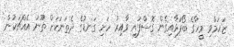
ޒަހަމްވި މީހާގެ ބޯފަަޅާއިގެން ގޮސްފައި ވާއިރު ހަށި ގަނޑުގެ ދެތަނަކަށް ތޫނު އެއްޗަކުން